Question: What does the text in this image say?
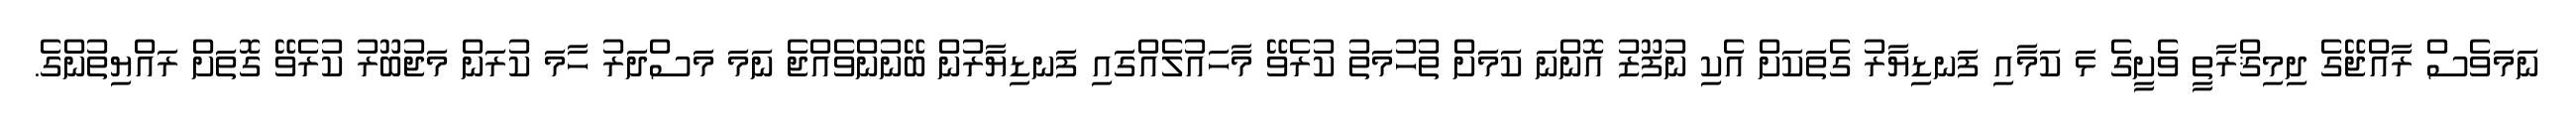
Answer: ނަމަވެސް ރާއްޖޭގެ ދިމިޤްރާތީ ވެށީގެ ޅަ ކަމާއި ފަނޑިޔާރު ގެތަކަށް އެކި ނުފޫޒު އޮންނަ ކަމަށް ތުހުމަތު ކުރެވޭ މާހައުލެއްގައި ފަނޑިޔާރުން ބޭނުންވެއްޖެ ނަމަ މަސްދަރު ހާމަ ކުރަން މަޖުބޫރު ކުރެވޭ ގޮތަށް ރައްޔިތުންގެ.